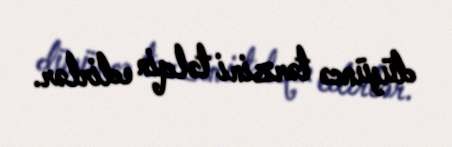
düşüncə tərzini təlqin edirlər.